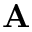
{ \bf A }